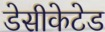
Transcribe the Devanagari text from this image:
डेसीकेटेड